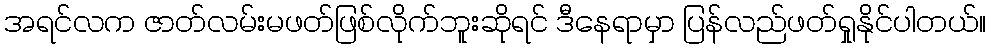
အရင်လက ဇာတ်လမ်းမဖတ်ဖြစ်လိုက်ဘူးဆိုရင် ဒီနေရာမှာ ပြန်လည်ဖတ်ရှုနိုင်ပါတယ်။